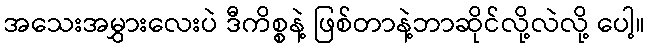
အသေးအမွှားလေးပဲ ဒီကိစ္စနဲ့ ဖြစ်တာနဲ့ဘာဆိုင်လို့လဲလို့ ပေါ့။